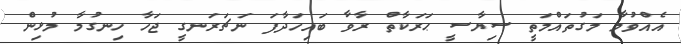
އެއްވުމާ މަގުތައްމަތީ ސިޔާސީ ޙަރަކާތް ރާވާ ބައިހަދާފަ ނަޗަރަނގީ ޖަހާ ހިނގުމާ މުޅިން